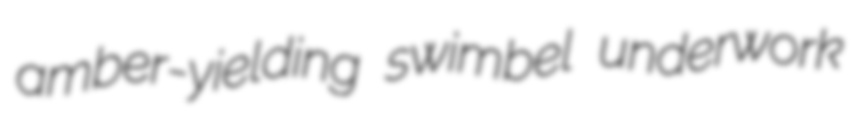
amber-yielding swimbel underwork